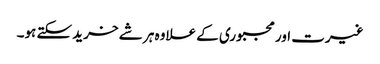
غیرت اور مجبوری کے علاوہ ہر شے خرید سکتے ہو۔